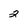
Character: 2